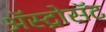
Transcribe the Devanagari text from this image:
अॅस्ट्रोसॅट